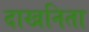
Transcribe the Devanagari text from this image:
दाखनिता